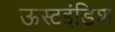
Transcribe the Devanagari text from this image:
ऊस्टइंडिश